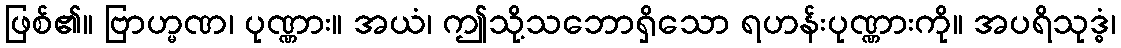
ဖြစ်၏။ ဗြာဟ္မဏ၊ ပုဏ္ဏား။ အယံ၊ ဤသို့သဘောရှိသော ရဟန်းပုဏ္ဏားကို။ အပရိသုဒ္ဓံ၊